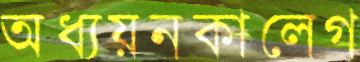
অধ্যয়নকালেগ